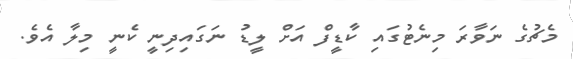
މެޗުގެ ނަވާރަ މިނެޓުގައި ކާޑީފް އަށް ލީޑު ނަގައިދިނީ ކެނީ މިލާ އެވެ.